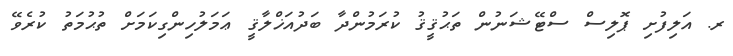
ރ. އަލިފުށި ޕޮލިސް ސްޓޭޝަނުން ތަޙުޤީޤު ކުރަމުންދާ ބަދުއަޚްލާޤީ ޢަމަލުހިންގިކަމަށް ތުޙުމަތު ކުރެވޭ